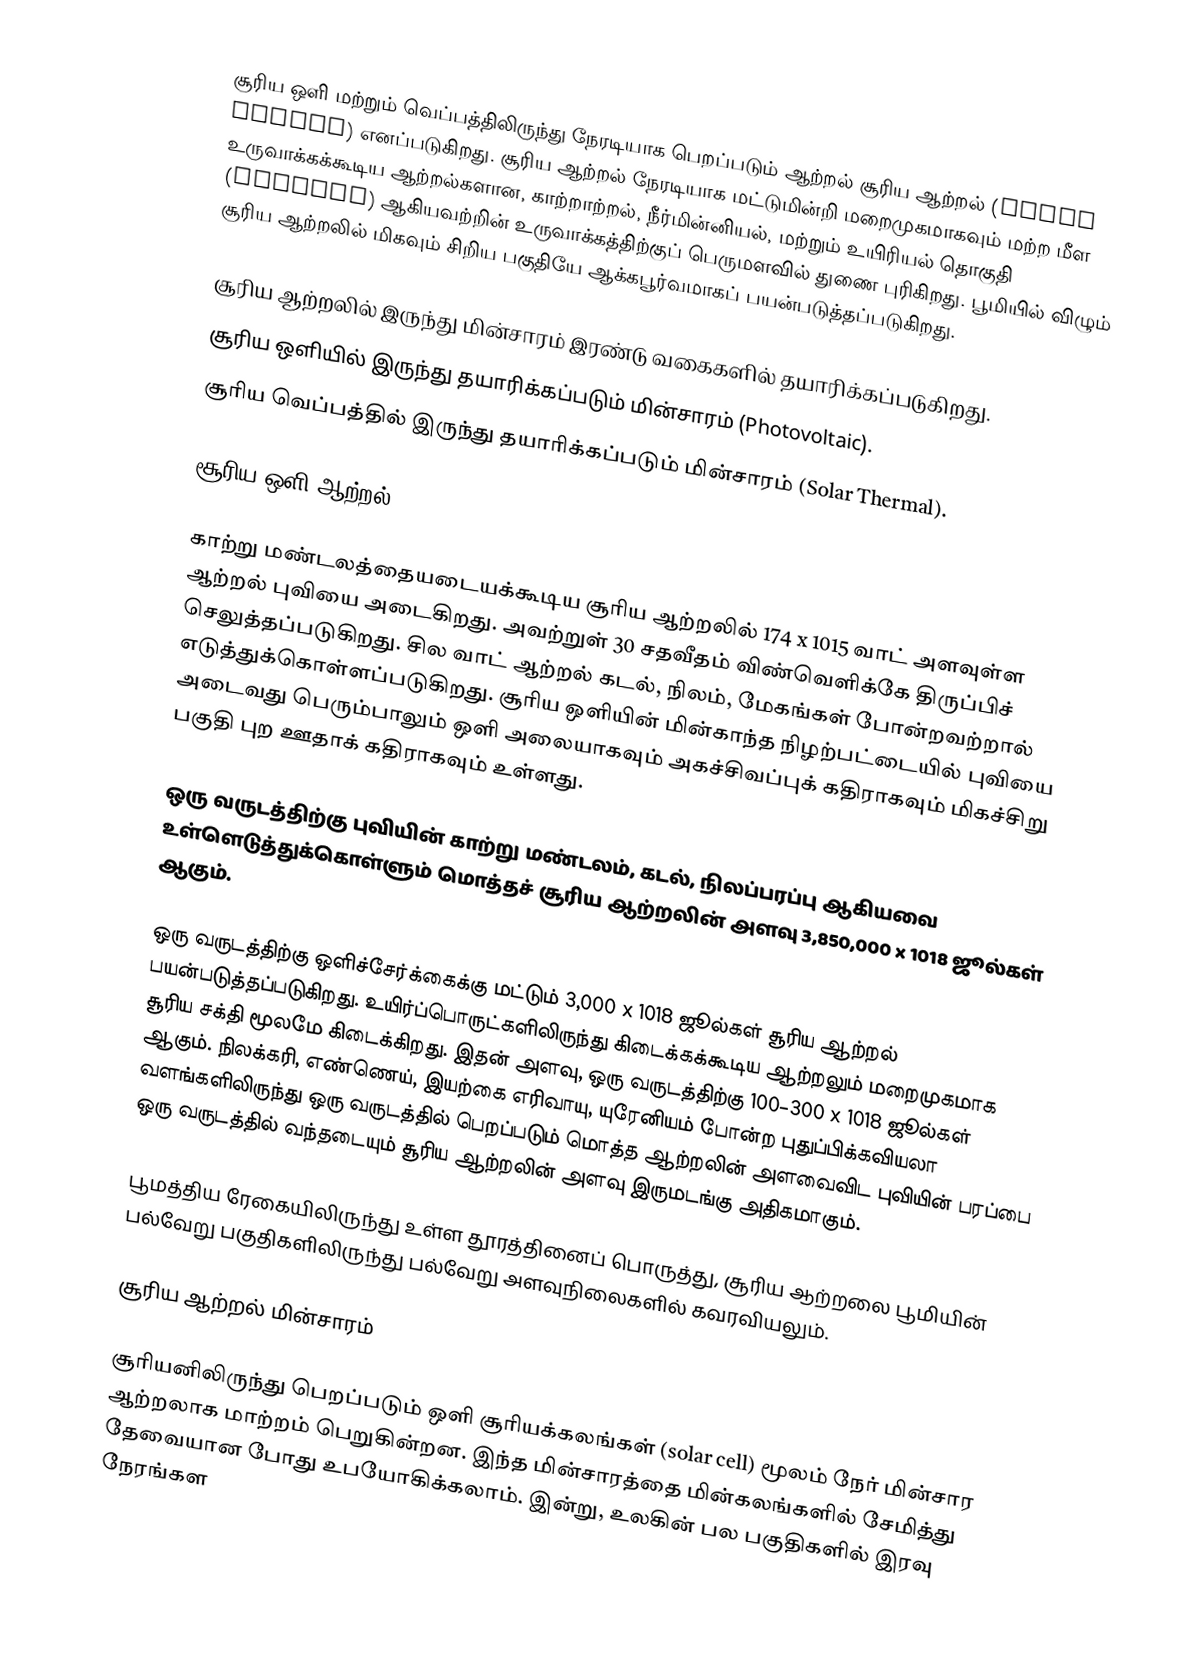
சூரிய ஒளி மற்றும் வெப்பத்திலிருந்து நேரடியாக பெறப்படும் ஆற்றல் சூரிய ஆற்றல் (solar energy) எனப்படுகிறது. சூரிய ஆற்றல் நேரடியாக மட்டுமின்றி மறைமுகமாகவும் மற்ற மீள உருவாக்கக்கூடிய ஆற்றல்களான, காற்றாற்றல், நீர்மின்னியல், மற்றும் உயிரியல் தொகுதி (biomass) ஆகியவற்றின் உருவாக்கத்திற்குப் பெருமளவில் துணை புரிகிறது. பூமியில் விழும் சூரிய ஆற்றலில் மிகவும் சிறிய பகுதியே ஆக்கபூர்வமாகப் பயன்படுத்தப்படுகிறது.

சூரிய ஆற்றலில் இருந்து மின்சாரம் இரண்டு வகைகளில் தயாரிக்கப்படுகிறது.
 சூரிய ஒளியில் இருந்து தயாரிக்கப்படும் மின்சாரம் (Photovoltaic).
 சூரிய வெப்பத்தில் இருந்து தயாரிக்கப்படும் மின்சாரம் (Solar Thermal).

சூரிய ஒளி ஆற்றல்

காற்று மண்டலத்தையடையக்கூடிய சூரிய ஆற்றலில் 174 x 1015 வாட் அளவுள்ள ஆற்றல் புவியை அடைகிறது. அவற்றுள் 30 சதவீதம் விண்வெளிக்கே திருப்பிச் செலுத்தப்படுகிறது. சில வாட் ஆற்றல் கடல், நிலம், மேகங்கள் போன்றவற்றால் எடுத்துக்கொள்ளப்படுகிறது. சூரிய ஒளியின் மின்காந்த நிழற்பட்டையில் புவியை அடைவது பெரும்பாலும் ஒளி அலையாகவும் அகச்சிவப்புக் கதிராகவும் மிகச்சிறு பகுதி புற ஊதாக் கதிராகவும் உள்ளது.

ஒரு வருடத்திற்கு புவியின் காற்று மண்டலம், கடல், நிலப்பரப்பு ஆகியவை உள்ளெடுத்துக்கொள்ளும் மொத்தச் சூரிய ஆற்றலின் அளவு 3,850,000 x 1018 ஜூல்கள் ஆகும்.

ஒரு வருடத்திற்கு ஒளிச்சேர்க்கைக்கு மட்டும் 3,000 x 1018 ஜூல்கள் சூரிய ஆற்றல் பயன்படுத்தப்படுகிறது.   உயிர்ப்பொருட்களிலிருந்து கிடைக்கக்கூடிய ஆற்றலும் மறைமுகமாக சூரிய சக்தி மூலமே கிடைக்கிறது. இதன் அளவு, ஒரு வருடத்திற்கு 100–300 x 1018 ஜூல்கள் ஆகும். நிலக்கரி, எண்ணெய், இயற்கை எரிவாயு, யுரேனியம் போன்ற புதுப்பிக்கவியலா வளங்களிலிருந்து ஒரு வருடத்தில் பெறப்படும் மொத்த ஆற்றலின் அளவைவிட  புவியின் பரப்பை ஒரு வருடத்தில் வந்தடையும் சூரிய ஆற்றலின் அளவு இருமடங்கு அதிகமாகும்.

பூமத்திய ரேகையிலிருந்து உள்ள தூரத்தினைப் பொருத்து, சூரிய ஆற்றலை பூமியின் பல்வேறு பகுதிகளிலிருந்து பல்வேறு அளவுநிலைகளில் கவரவியலும்.

சூரிய ஆற்றல் மின்சாரம்

சூரியனிலிருந்து பெறப்படும் ஒளி சூரியக்கலங்கள் (solar cell) மூலம் நேர் மின்சார ஆற்றலாக மாற்றம் பெறுகின்றன. இந்த மின்சாரத்தை மின்கலங்களில் சேமித்து தேவையான போது உபயோகிக்கலாம். இன்று, உலகின் பல பகுதிகளில்  இரவு நேரங்கள